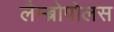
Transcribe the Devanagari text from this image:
लैम्ब्रोपोलस